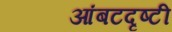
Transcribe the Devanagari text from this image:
आंबटदृष्टी